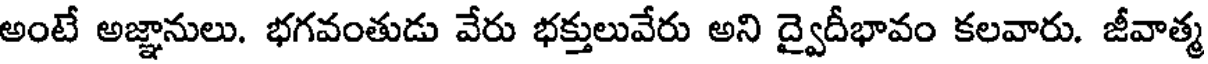
అంటే అజ్ఞానులు. భగవంతుడు వేరు భక్తులువేరు అని ద్వైదీభావం కలవారు. జీవాత్మ